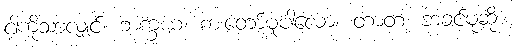
ငါ့ကိုသာလျှင်။ ဘက္ခယ၊ စားတော်မူပါလော။ တာတ၊ ဘခင်မုဆိုး။